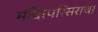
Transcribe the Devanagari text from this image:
मंदिरपरिसराचा